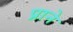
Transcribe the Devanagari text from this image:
प्राने